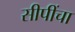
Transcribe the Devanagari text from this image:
सीपींचा